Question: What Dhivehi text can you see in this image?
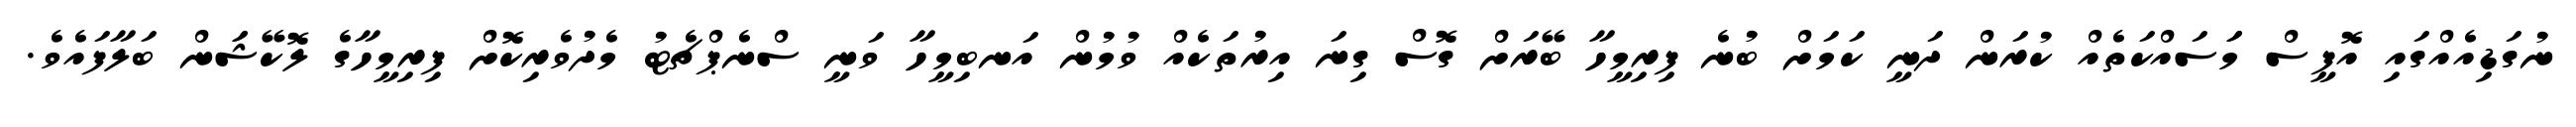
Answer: ނުގަޑިއެއްގައި އޮފީސް މަަސައްކަތެއް ކުރަން ދަނީ ކަމަށް ބުނެ ފިރިމީހާ ބޭރަށް ގޮސް ގިނަ އިރުތަކެއް ވުމުން އަނބިމީހާ ވަނީ ސްނެޕްޗެޓު މެދުވެރިކޮށް ފިރިމީހާގެ ލޮކޭޝަަން ބަލާފައެވެ.